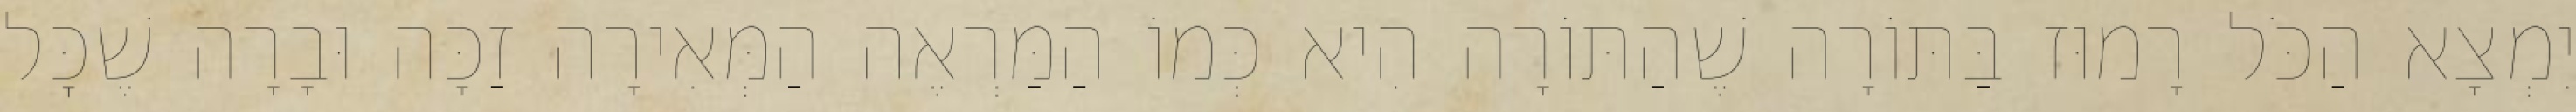
יִמְצָא הַכֹּל רָמוּז בַּתּוֹרָה שֶׁהַתּוֹרָה הִיא כְּמוֹ הַמַּרְאֶה הַמְּאִירָה זַכָּה וּבָרָה שֶׁכׇּל